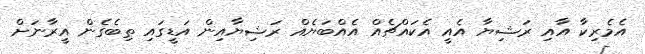
އެމެރިކާ އާއި ރަޝިޔާ އެއީ އެކައްޗެއް އެއްބަޔެއް ރަޝިޔާއިން އަޑީގައި ތިބެގެން އީރާނަށް